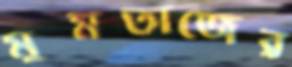
মুমতাজের